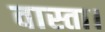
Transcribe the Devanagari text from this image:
वास्ता।